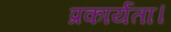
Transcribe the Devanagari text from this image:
प्रकार्यता।